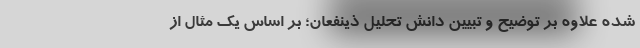
شده علاوه بر توضیح و تبیین دانش تحلیل ذینفعان؛ بر اساس یک مثال از